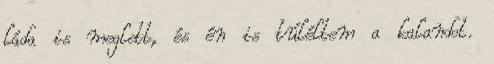
láda is meglett, és én is túléltem a kalandot.